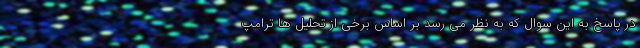
در پاسخ به این سوال که به نظر می رسد بر اساس برخی از تحلیل ها ترامپ